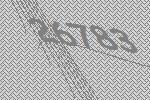
26783